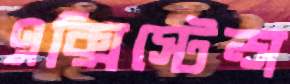
এক্সিস্টেন্স